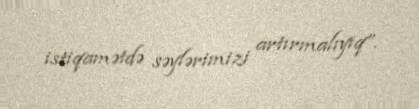
istiqamətdə səylərimizi artırmalıyıq”.